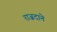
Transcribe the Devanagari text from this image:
राज़दाने